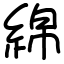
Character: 綿